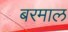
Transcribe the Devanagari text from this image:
बरमाल